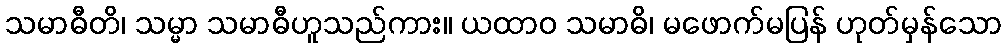
သမာဓီတိ၊ သမ္မာ သမာဓီဟူသည်ကား။ ယထာဝ သမာဓိ၊ မဖောက်မပြန် ဟုတ်မှန်သော